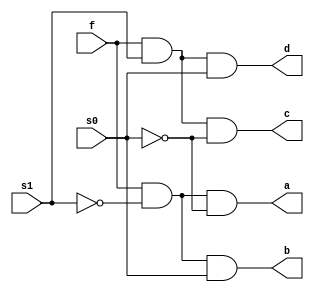
`timescale 1ns / 1ps
//////////////////////////////////////////////////////////////////////////////////
// Company: 
// Engineer: 
// 
// Design Name: 
// Module Name: demux14
// Project Name: 
// Target Devices: 
// Tool Versions: 
// Description: 
// 
// Dependencies: 
// 
// Revision:
// Revision 0.01 - File Created
// Additional Comments:
// 
//////////////////////////////////////////////////////////////////////////////////


module demux14(
input f,
s1,s0,
output a,b,c,d

    );    
    assign a = f& ~s1 & ~s0;
    assign b = f & ~s1& s0;
    assign c = f& s1& ~s0;
    assign d = f & s1 & s0;
      
endmodule